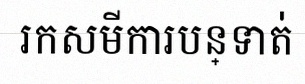
រកសមីការបន្ទាត់